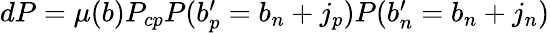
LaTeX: \begin{array}{r}{dP=\mu(b)P_{cp}P(b_{p}^{\prime}=b_{n}+j_{p})P(b_{n}^{\prime}=b_{n}+j_{n})}\end{array}